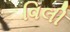
વિલી